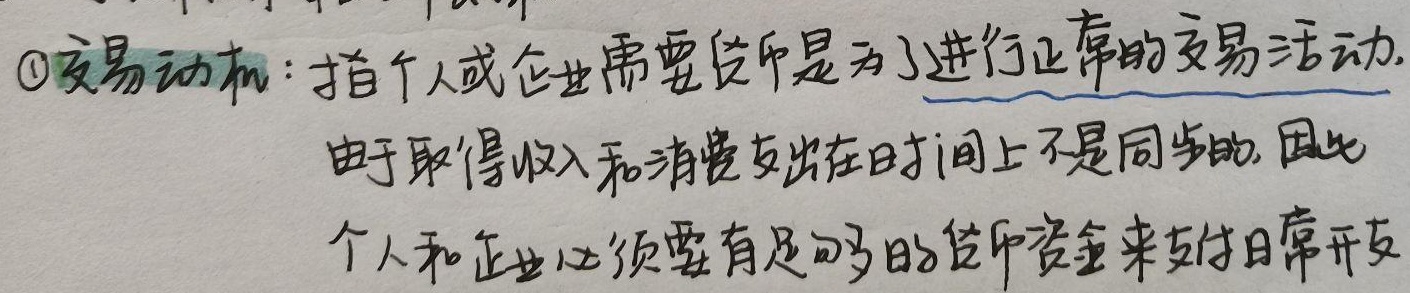
\textcircled{1}交易动机：指个人或企业需要货币是为了进行正常的交易活动.由于取得收入和消费支出在时间上不是同步的, 因此个人和企业必须要有足够的货币资金来支付日常开支